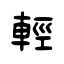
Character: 輕